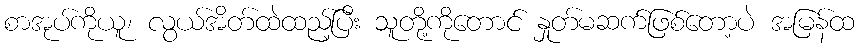
စာအုပ်ကိုယူ၊ လွယ်အိတ်ထဲထည့်ပြီး သူတို့ကိုတောင် နှုတ်မဆက်ဖြစ်တော့ပဲ အမြန်ထ